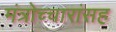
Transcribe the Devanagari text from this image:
मंत्रोच्चारांसह